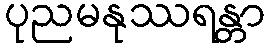
ပုညမနုဿရန္တာ